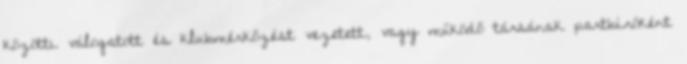
közötti válogatott és klubmérkőzést vezetett, vagy működő társának partbíróként